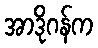
အာဒိုဂန်က